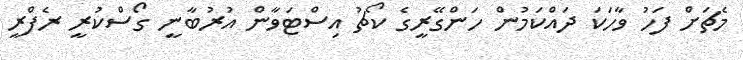
މެޗަށް ފަހު ވާހަކަ ދައްކަމުން ހަންގޭރީގެ ކޯޗު އިސްޓަވާން އުރުބާނީ ގޯސްކުރީ ރެފްރީ